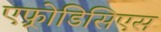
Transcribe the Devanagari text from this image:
एफ़्रोडिसिएस